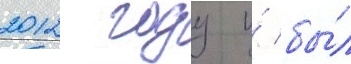
2012 году и́ бы́л